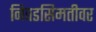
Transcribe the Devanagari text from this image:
निवडसिमतीवर